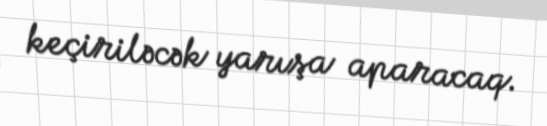
keçiriləcək yarışa aparacaq.